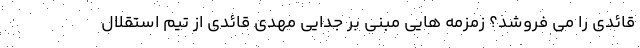
قائدی را می فروشد؟ زمزمه هایی مبنی بر جدایی مهدی قائدی از تیم استقلال